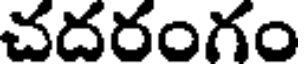
చదరంగం